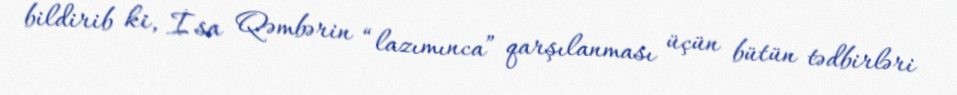
bildirib ki, İsa Qəmbərin “lazımınca” qarşılanması üçün bütün tədbirləri